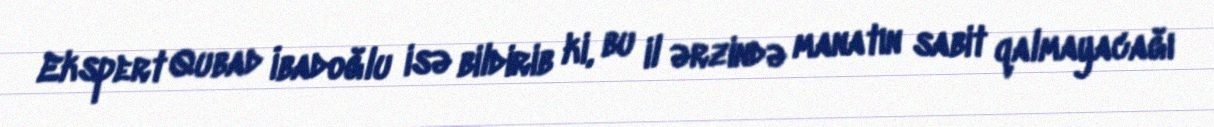
Ekspert Qubad İbadoğlu isə bildirib ki, bu il ərzində manatın sabit qalmayacağı